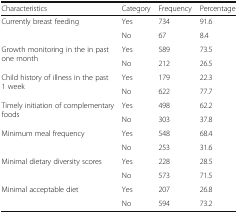
<table><thead><tr><td><b>Characteristics</b></td><td><b>Category</b></td><td><b>Frequency</b></td><td><b>Percentage</b></td></tr></thead><tbody><tr><td rowspan="2">Currently breast feeding</td><td>Yes</td><td>734</td><td>91.6</td></tr><tr><td>No</td><td>67</td><td>8.4</td></tr><tr><td rowspan="2">Growth monitoring in the in past one month</td><td>Yes</td><td>589</td><td>73.5</td></tr><tr><td>No</td><td>212</td><td>26.5</td></tr><tr><td rowspan="2">Child history of illness in the past 1 week</td><td>Yes</td><td>179</td><td>22.3</td></tr><tr><td>No</td><td>622</td><td>77.7</td></tr><tr><td rowspan="2">Timely initiation of complementary foods</td><td>Yes</td><td>498</td><td>62.2</td></tr><tr><td>No</td><td>303</td><td>37.8</td></tr><tr><td rowspan="2">Minimum meal frequency</td><td>Yes</td><td>548</td><td>68.4</td></tr><tr><td>No</td><td>253</td><td>31.6</td></tr><tr><td rowspan="2">Minimal dietary diversity scores</td><td>Yes</td><td>228</td><td>28.5</td></tr><tr><td>No</td><td>573</td><td>71.5</td></tr><tr><td rowspan="2">Minimal acceptable diet</td><td>Yes</td><td>207</td><td>26.8</td></tr><tr><td>No</td><td>594</td><td>73.2</td></tr></tbody></table>